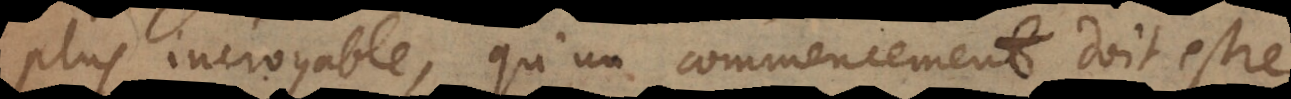
plus incroyable, qu’un commencement doit estre